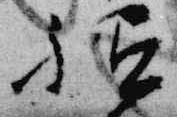
祗